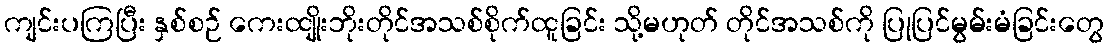
ကျင်းပကြပြီး နှစ်စဉ် ကေးထျိုးဘိုးတိုင်အသစ်စိုက်ထူခြင်း သို့မဟုတ် တိုင်အသစ်ကို ပြုပြင်မွမ်းမံခြင်းတွေ